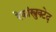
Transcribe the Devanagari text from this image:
रेकांस्त्रुक्टेद